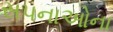
સપનાઓના